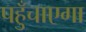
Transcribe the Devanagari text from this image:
पहुँचाएगा